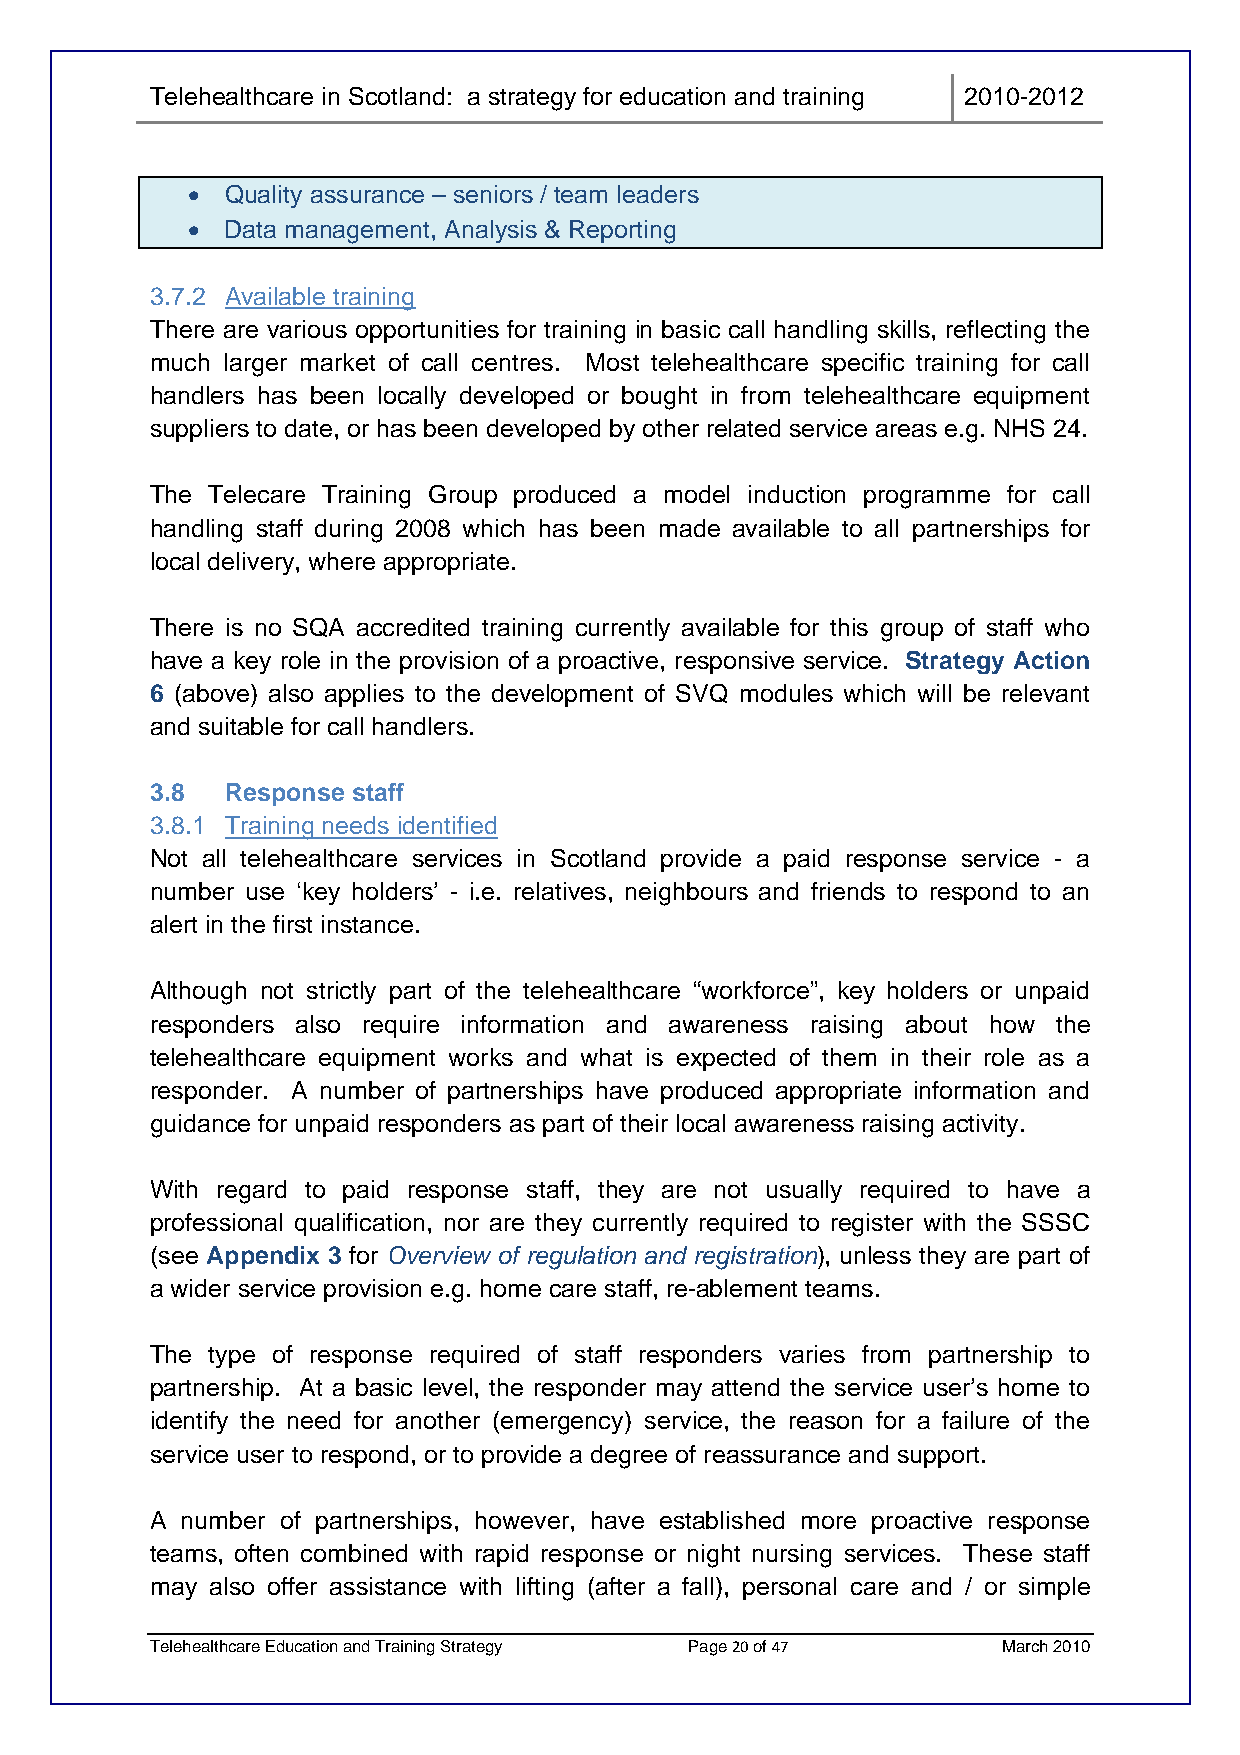
Telehealthcare in Scotland: a strategy for education and training 2010-2012
 •  Quality assurance – seniors / team leaders
 •  Data management, Analysis & Reporting
 3.7.2 Available training
 There are various opportunities for training in basic call handling skills, reflecting the
 much larger market of call centres. Most telehealthcare specific training for call
 handlers has been locally developed or bought in from telehealthcare equipment
 suppliers to date, or has been developed by other related service areas e.g. NHS 24.
 The Telecare Training Group produced a model induction programme for call
 handling staff during 2008 which has been made available to all partnerships for
 local delivery, where appropriate.
 There is no SQA accredited training currently available for this group of staff who
 have a key role in the provision of a proactive, responsive service. Strategy Action
 6 (above) also applies to the development of SVQ modules which will be relevant
 and suitable for call handlers.
 3.8  Response staff
 3.8.1 Training needs identified
 Not all telehealthcare services in Scotland provide a paid response service - a
 number use ‘key holders’ - i.e. relatives, neighbours and friends to respond to an
 alert in the first instance.
 Although not strictly part of the telehealthcare “workforce”, key holders or unpaid
 responders also require information and awareness raising about how the
 telehealthcare equipment works and what is expected of them in their role as a
 responder. A number of partnerships have produced appropriate information and
 guidance for unpaid responders as part of their local awareness raising activity.
 With regard to paid response staff, they are not usually required to have a
 professional qualification, nor are they currently required to register with the SSSC
 (see Appendix 3 for Overview of regulation and registration), unless they are part of
 a wider service provision e.g. home care staff, re-ablement teams.
 The type of response required of staff responders varies from partnership to
 partnership. At a basic level, the responder may attend the service user’s home to
 identify the need for another (emergency) service, the reason for a failure of the
 service user to respond, or to provide a degree of reassurance and support.
 A number of partnerships, however, have established more proactive response
 teams, often combined with rapid response or night nursing services. These staff
 may also offer assistance with lifting (after a fall), personal care and / or simple
 Telehealthcare Education and Training Strategy Page 20 of 47 March 2010